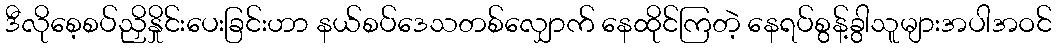
ဒီလိုစေ့စပ်ညှိနှိုင်းပေးခြင်းဟာ နယ်စပ်ဒေသတစ်လျှောက် နေထိုင်ကြတဲ့ နေရပ်စွန့်ခွါသူများအပါအဝင်